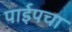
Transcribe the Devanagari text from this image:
पाईपचा